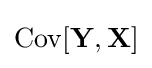
\operatorname {Cov} [\mathbf {Y} ,\mathbf {X} ]